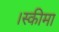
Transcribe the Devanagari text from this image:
।स्कीमा